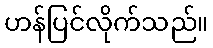
ဟန်ပြင်လိုက်သည်။